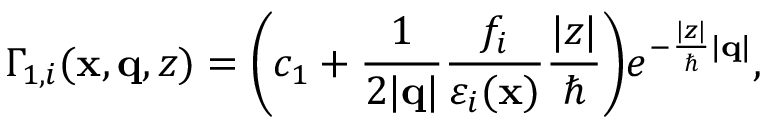
\Gamma _ { 1 , i } ( \mathbf { x } , \mathbf { q } , z ) = \bigg ( c _ { 1 } + \frac { 1 } { 2 | \mathbf { q } | } \frac { f _ { i } } { \varepsilon _ { i } ( \mathbf { x } ) } \frac { | z | } { \hbar } \bigg ) e ^ { - \frac { | z | } { \hbar } | \mathbf { q } | } ,